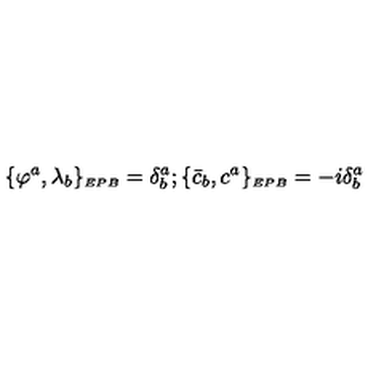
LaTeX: \{ \varphi ^ { a } , \lambda _ { b } \} _ { \scriptscriptstyle E P B } = \delta _ { b } ^ { a } ; \{ { \bar { c } } _ { b } , c ^ { a } \} _ { \scriptscriptstyle E P B } = - i \delta _ { b } ^ { a }